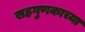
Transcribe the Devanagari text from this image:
सहगुणकाच्या